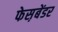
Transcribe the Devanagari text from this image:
फेस़बेंडर